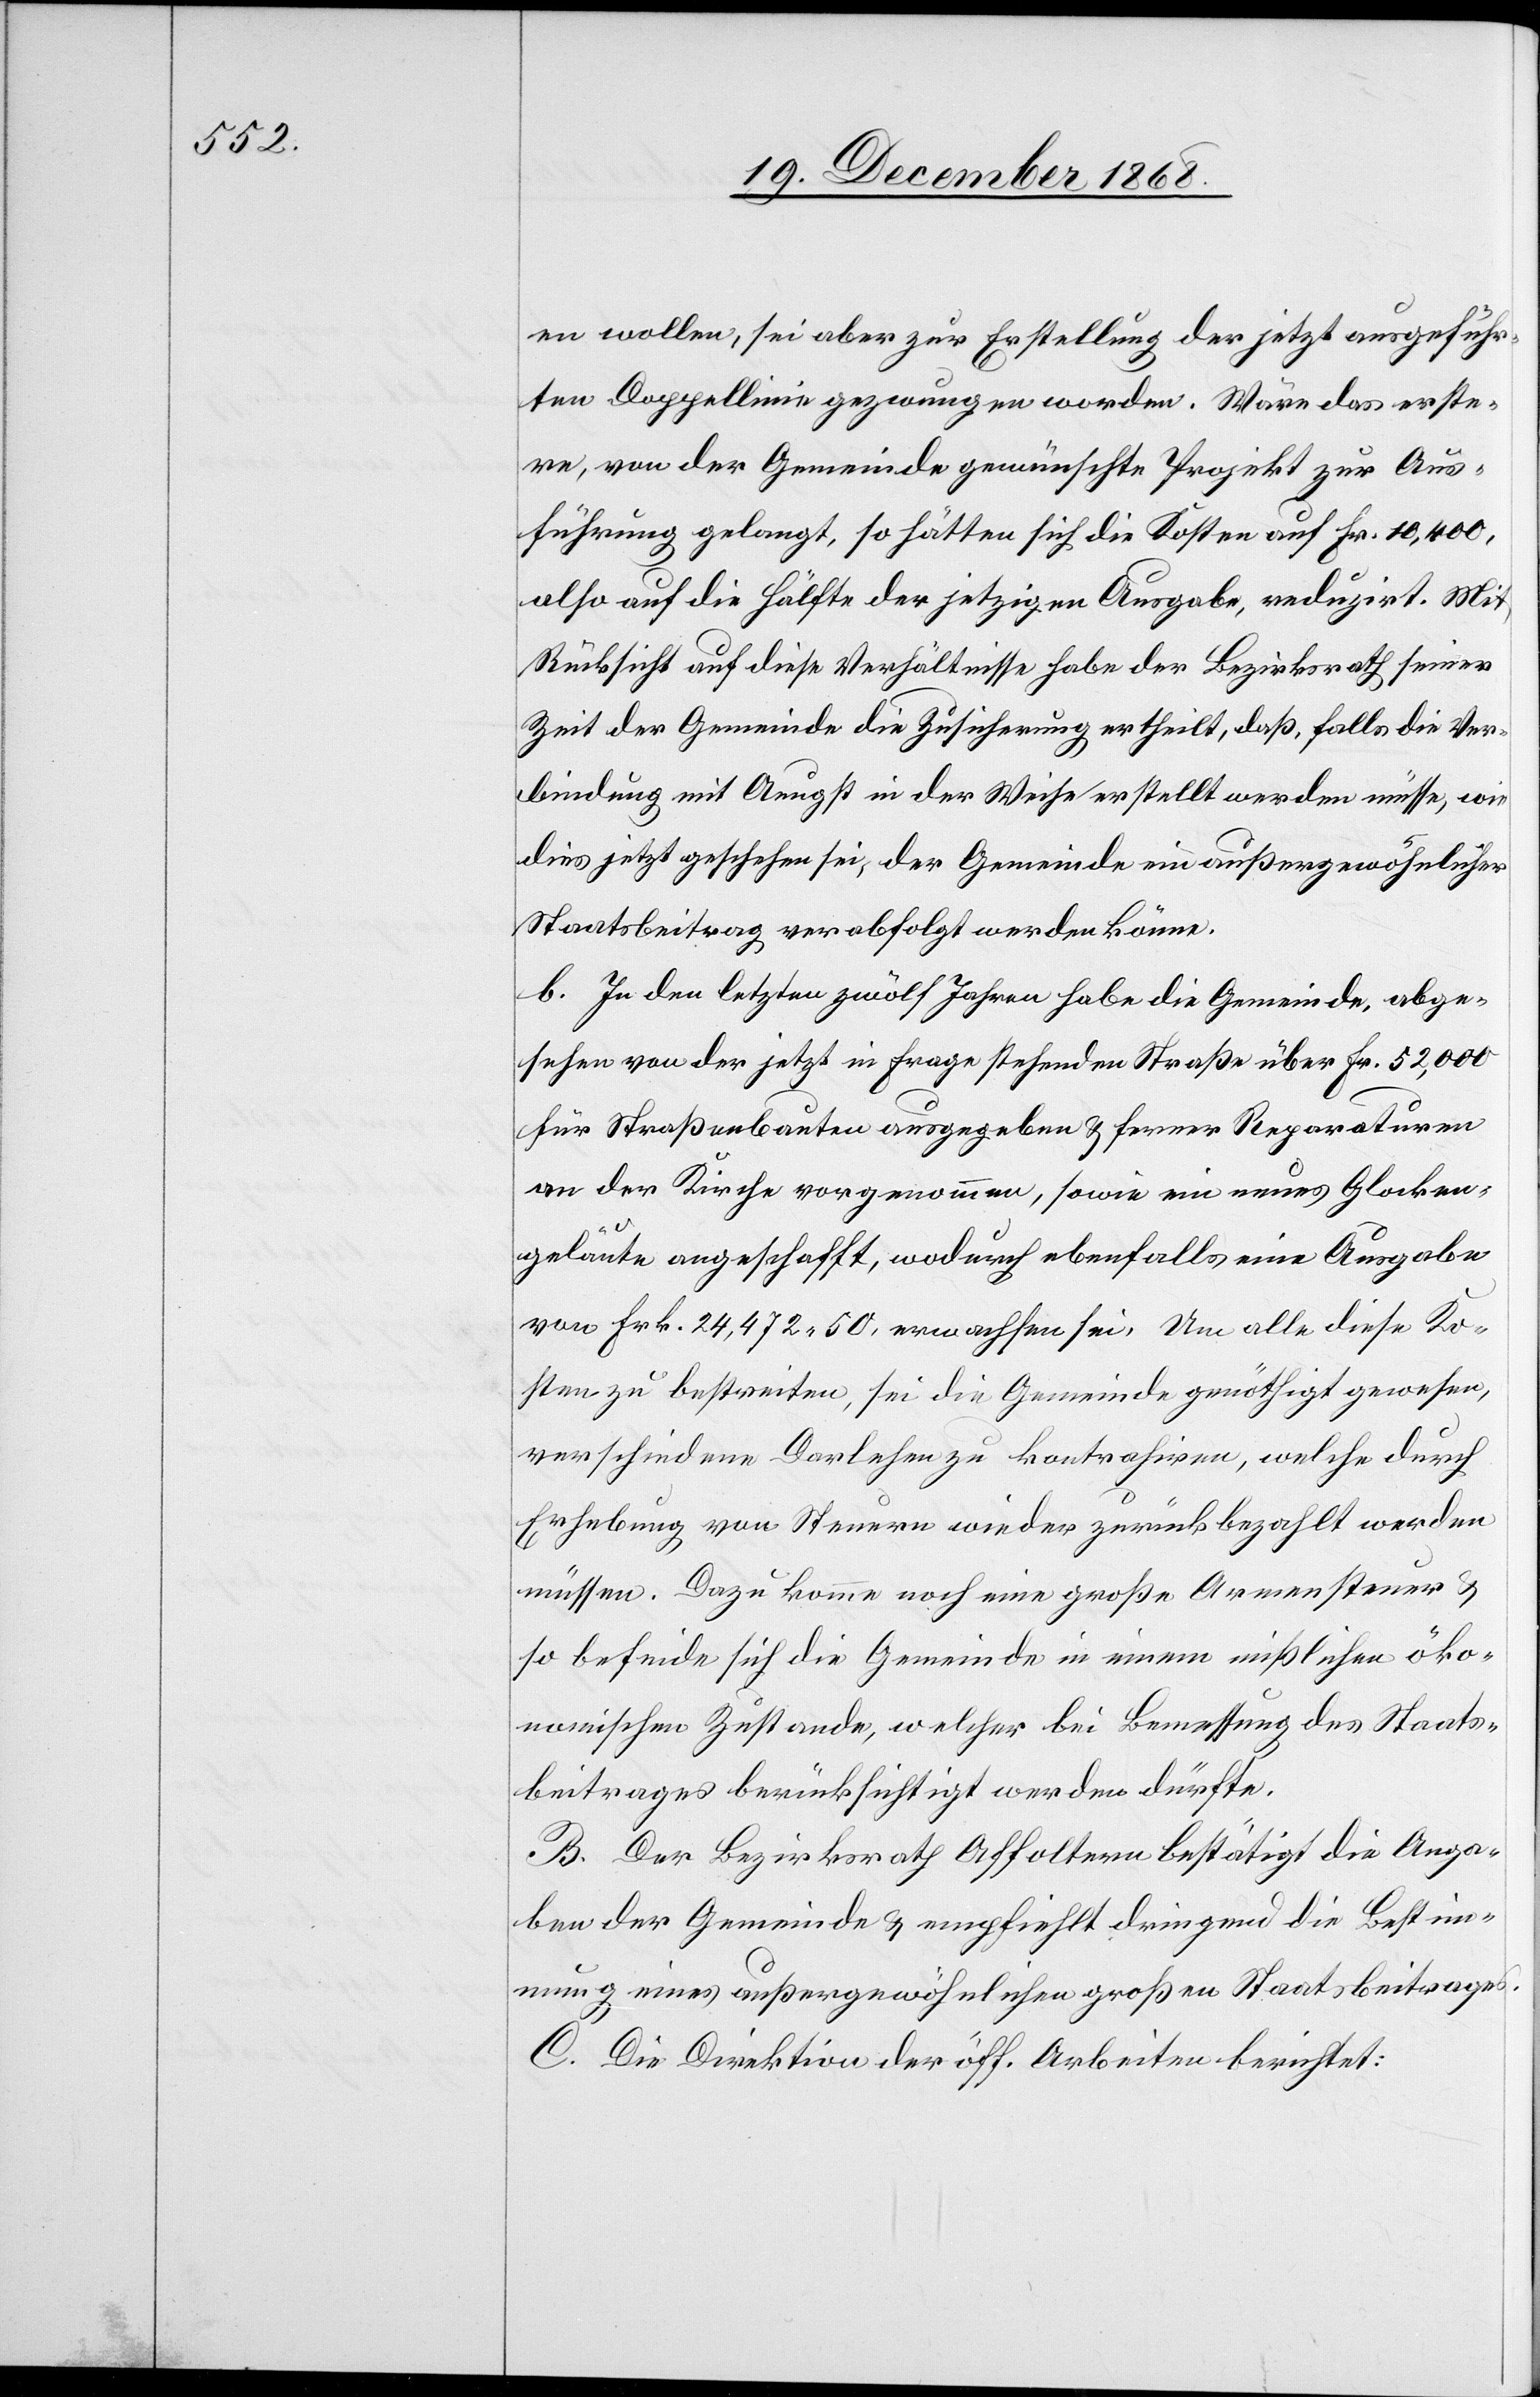
en wollen, sei aber zur Erstellung der jetzt ausgeführ¬
ten Doppellinie gezwungen worden. Wäre das erste¬
re, von der Gemeinde gewünschte Projekt zur Aus¬
führung gelangt, so hätten sich die Kosten auf Fr. 10,400,
also auf die Hälfte der jetzigen Ausgabe, reduzirt. Mit
Rücksicht auf diese Verhältnisse habe der Bezirksrath seiner
Zeit der Gemeinde die Zusicherung ertheilt, daß, falls die Ver¬
bindung mit Aeugst in der Weise erstellt werden müsse, wie
dies jetzt geschehen sei, der Gemeinde ein außergewöhnlicher
Staatsbeitrag verabfolgt werden könne.
b. In den letzten zwölf Jahren habe die Gemeinde, abge¬
sehen von der jetzt in Frage stehenden Straße über Fr. 52,000
für Straßenbauten ausgegeben & ferner Reparaturen
an der Kirche vorgenommen, sowie ein neues Glocken¬
geläute angeschafft, wodurch ebenfalls eine Ausgabe
von Frk. 24,472.50. erwachsen sei. Um alle diese Ko¬
sten zu bestreiten, sei die Gemeinde genöthigt gewesen,
verschiedene Darlehen zu kontrahiren, welche durch
Erhebung von Steuern wieder zurückbezahlt werden
müssen. Dazu komme noch eine große Armensteuer &
so befinde sich die Gemeinde in einem mißlichen öko¬
nomischen Zustande, welcher bei Bemessung des Staats¬
beitrages berücksichtigt werden dürfte.
B. Der Bezirksrath Affoltern bestätigt die Anga¬
ben der Gemeinde & empfiehlt dringend die Bestim¬
mung eines außergewöhnlichen großen Staatsbeitrages.
C. Die Direktion der öff. Arbeiten berichtet: